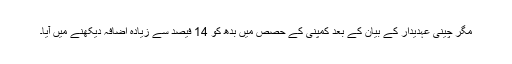
مگر چینی عہدیدار کے بیان کے بعد کمپنی کے حصص میں بدھ کو 14 فیصد سے زیادہ اضافہ دیکھنے میں آیا۔